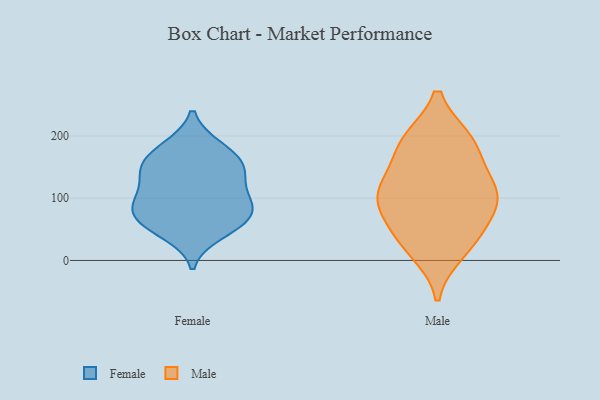
{"axis": {"x": "Page Views", "y": "Value"}, "legend": ["Female", "Male"], "data": [{"x": "", "y": 182, "type": "Female"}, {"x": "", "y": 147, "type": "Female"}, {"x": "", "y": 66, "type": "Female"}, {"x": "", "y": 60, "type": "Female"}, {"x": "", "y": 149, "type": "Female"}, {"x": "", "y": 139, "type": "Female"}, {"x": "", "y": 150, "type": "Female"}, {"x": "", "y": 180, "type": "Female"}, {"x": "", "y": 94, "type": "Female"}, {"x": "", "y": 93, "type": "Female"}, {"x": "", "y": 62, "type": "Female"}, {"x": "", "y": 105, "type": "Female"}, {"x": "", "y": 44, "type": "Female"}, {"x": "", "y": 87, "type": "Female"}, {"x": "", "y": 182, "type": "Male"}, {"x": "", "y": 109, "type": "Male"}, {"x": "", "y": 191, "type": "Male"}, {"x": "", "y": 40, "type": "Male"}, {"x": "", "y": 191, "type": "Male"}, {"x": "", "y": 99, "type": "Male"}, {"x": "", "y": 102, "type": "Male"}, {"x": "", "y": 127, "type": "Male"}, {"x": "", "y": 42, "type": "Male"}, {"x": "", "y": 16, "type": "Male"}, {"x": "", "y": 94, "type": "Male"}]}